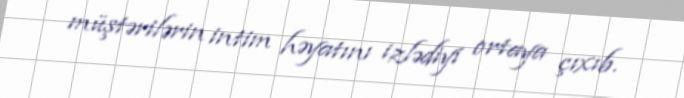
müştərilərin intim həyatını izlədiyi ortaya çıxıb.